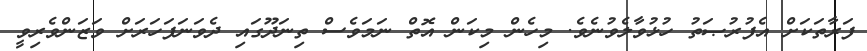
ފަރާތަކަށް އެފުރުޞަތު ހުޅުވާލެވުނެވެ. މިހެން މިކަން އޮތް ނަމަވެސް ތިނަދޫގައި ދެވަނަފަހަރަށް ވަޒަންވެރިވީ